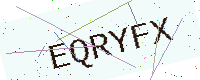
Text: EQRYFX